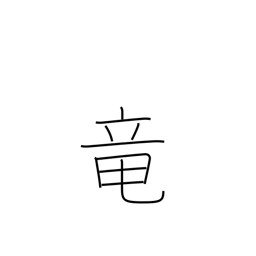
Meaning: dragon